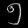
Digit: ၅